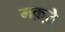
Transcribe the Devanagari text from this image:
मक़्ते